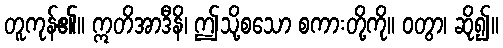
တူကုန်၏။ ဣတိအာဒီနိ၊ ဤသို့စသော စကားတို့ကို။ ဝတွာ၊ ဆို၍။